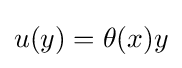
u(y)=\theta (x)y